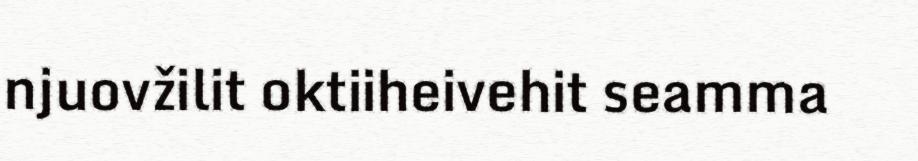
njuovžilit oktiiheivehit seamma